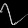
Digit: ၇